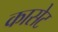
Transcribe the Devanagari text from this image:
कासेट